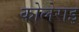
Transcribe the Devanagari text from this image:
कोलेराइ